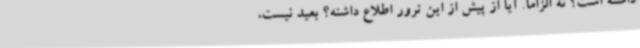
داشته است؟ نه الزاما. آیا از پیش از این ترور اطلاع داشته؟ بعید نیست،